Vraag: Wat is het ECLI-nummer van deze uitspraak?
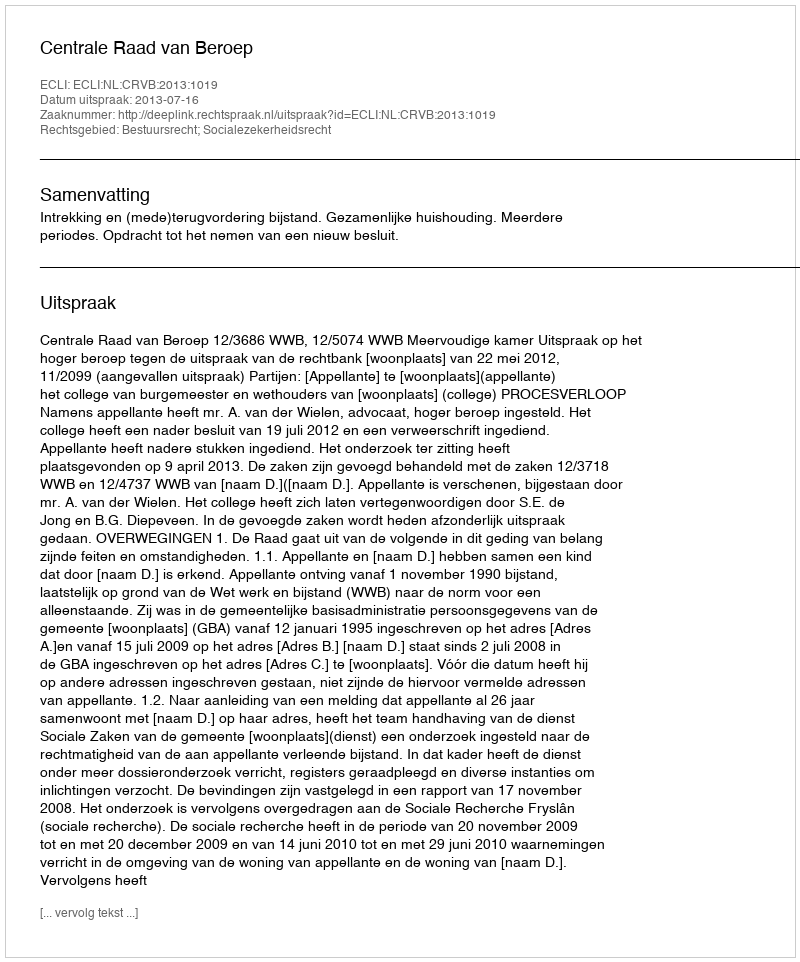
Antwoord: ECLI:NL:CRVB:2013:1019